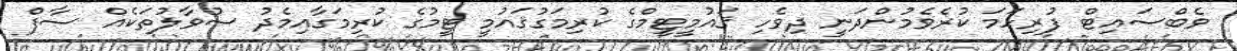
ވެބްސައިޓް ފުރިހަމަ ކުރެވެމުންދަނީ ދިވެހި ޤައުމީޓީމްގެ ކުރިމަގުޤައުމީ ޓީމުގެ ކުރިމަގާއިމެދު ސުވާލުތަކެއް ސާފް